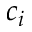
c _ { i }